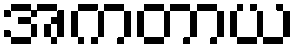
အကတာယ